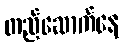
တည်ဆောက်နေ